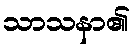
သာသနာ၏